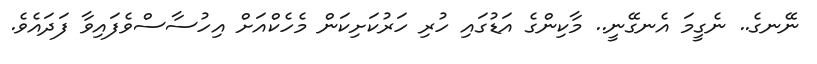
ނޭނގެ.. ނެގީމަ އެނގޭނީ.. މާކިންގެ އަޑުގައި ހުރި ހަރުކަށިކަން މެހެކްއަށް އިހުސާސްވެފައިވާ ފަދައެވެ.